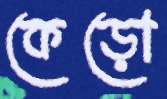
কেড়ো